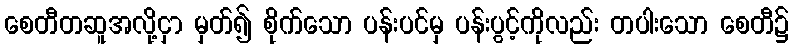
စေတီတဆူအလို့ငှာ မှတ်၍ စိုက်သော ပန်းပင်မှ ပန်းပွင့်ကိုလည်း တပါးသော စေတီ၌